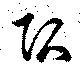
頭